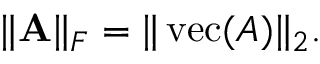
\| \mathbf { A } \| _ { F } = \| \operatorname { v e c } ( A ) \| _ { 2 } .